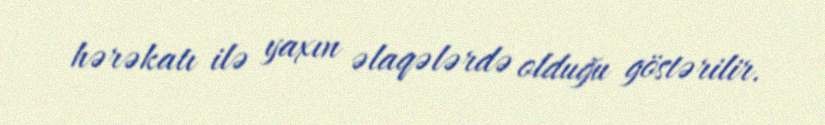
hərəkatı ilə yaxın əlaqələrdə olduğu göstərilir.